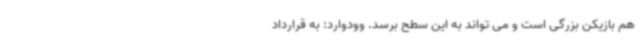
هم بازیکن بزرگی است و می تواند به این سطح برسد. وودوارد: به قرارداد